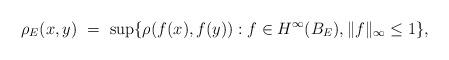
LaTeX: \begin{align*}\rho_E (x,y)\ =\ \sup\{\rho(f(x),f(y)): f\in H^\infty(B_E), \|f\|_\infty \le 1\},\end{align*}